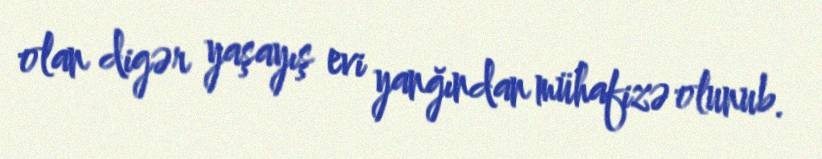
olan digər yaşayış evi yanğından mühafizə olunub.